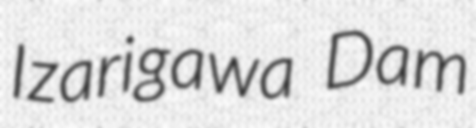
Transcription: Izarigawa Dam